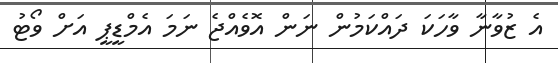
އެ ޒުވާނާ ވާހަކަ ދައްކަމުން ނަން އޮވެއްޖެ ނަމަ އެމްޑީޕީ އަށް ވޯޓު